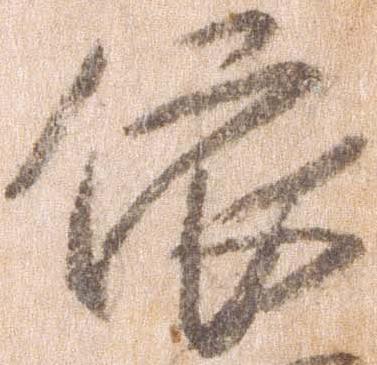
依